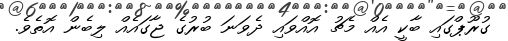
ގުރޫޕްގައި ބާކީ އެއް މެޗު އޮއްވައި ދެވަނަ ބުރުގެ ޖާގައެއް ލިބެން އޮތެެވެ.